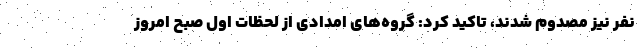
نفر نیز مصدوم شدند، تاکید کرد: گروه‌های امدادی از لحظات اول صبح امروز